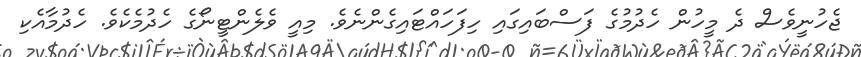
ޖެހުނީވެސް ދެ މީހުން ހެދުމުގެ ފަސްބައިގައި ހިފަހައްޓައިގެންނެވެ. މިއީ ވެލެންޓީނޯގެ ހެދުމެކެވެ. ހެދުމާއެކި